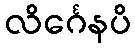
လိင်္ဂေနပိ